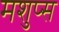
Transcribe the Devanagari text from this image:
मशुप्स